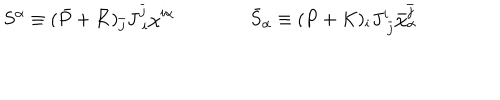
LaTeX: S ^ { \alpha } \equiv ( \bar { P } + \bar { K } ) _ { \bar { j } } J _ { \; i } ^ { \bar { j } } \chi ^ { i \alpha } \qquad \qquad \bar { S } _ { \alpha } \equiv ( P + K ) _ { i } J _ { \; \bar { j } } ^ { i } \bar { \chi } _ { \alpha } ^ { \bar { j } }